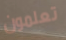
تعلمون